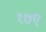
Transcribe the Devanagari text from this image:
१७ए